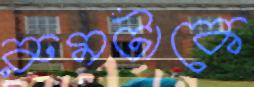
রুমটাকে